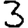
Digit: 3